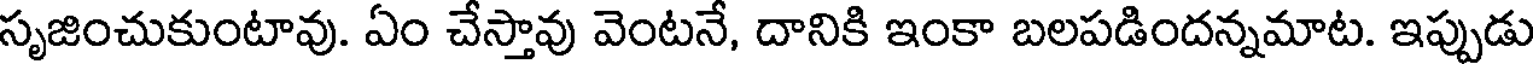
సృజించుకుంటావు. ఏం చేస్తావు వెంటనే, దానికి ఇంకా బలపడిందన్నమాట. ఇప్పుడు